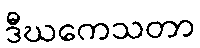
ဒီဃကေသတာ